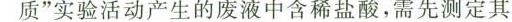
质”实验活动产生的废液中含稀盐酸，需先测定其